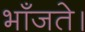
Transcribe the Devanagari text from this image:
भाँजते।